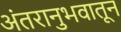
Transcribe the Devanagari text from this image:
अंतरानुभवातून